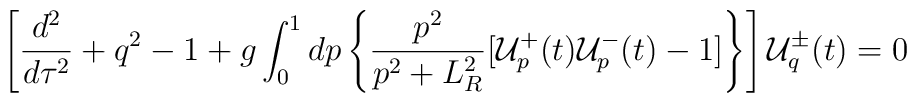
\left[\frac{d^2}{d\tau^2}+q^2-1+g\int^1_0 dp\left\{\frac{p^2}{p^2+L^2_R}[{\cal{U}}^+_p(t){\cal{U}}^-_p(t)-1]\right\}\right]{\cal{U}}^{\pm}_q(t)=0